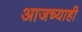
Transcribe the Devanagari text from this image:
आजच्याही